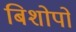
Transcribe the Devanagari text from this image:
बिशोपों